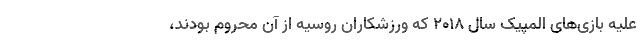
علیه بازی‌های المپیک سال ۲۰۱۸ که ورزشکاران روسیه از آن محروم بودند،